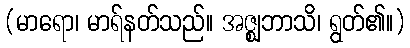
(မာရော၊ မာရ်နတ်သည်။ အဇ္ဈဘာသိ၊ ရွတ်၏။)